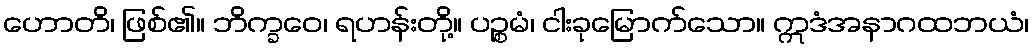
ဟောတိ၊ ဖြစ်၏။ ဘိက္ခဝေ၊ ရဟန်းတို့။ ပဉ္စမံ၊ ငါးခုမြောက်သော။ ဣဒံအနာဂထဘယံ၊